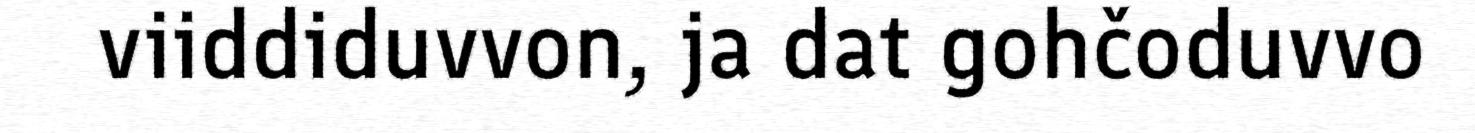
viiddiduvvon, ja dat gohčoduvvo